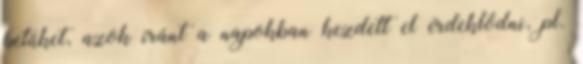
betűket, azok iránt a napokban kezdett el érdeklődni, pl.